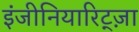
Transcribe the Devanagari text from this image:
इंजीनियारिट्ज़ा